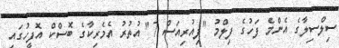
ސިލްސިލާގެ އެންމެ ފަހުގެ ފިލްމު "ފިއުރިއަސް 7" އުތުރު އެމެރިކާގެ ބޮސްކް އޮފީހުގައި